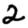
Digit: 2